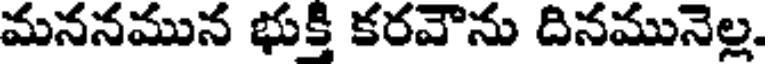
మననమున భుక్తి కరవౌను దినమునెల్ల.